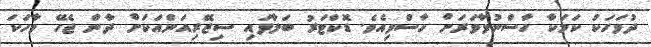
ދުވަހަކު ކަމަކާ ހާސްނުވާވަރަށް ހާސްވިއެވެ. ޑޮކްޓަރު ބަލާފައި ސިޒޭރިއަންއަކަށް ދާން ޖެހޭ ވާހަކަ